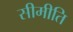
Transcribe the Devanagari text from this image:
सीमीति